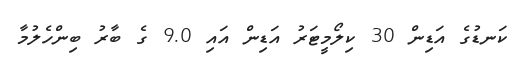
ކަނޑުގެ އަޑިން 30 ކިލޯމީޓަރު އަޑިން އައި 9.0 ގެ ބާރު ބިންހެލުމާ